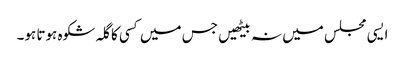
ایسی مجلس میں نہ بیٹھیں جس میں کسی کا گلہ شکوہ ہوتا ہو۔